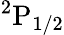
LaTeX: \mathrm{{}^{2}P_{1/2}}